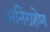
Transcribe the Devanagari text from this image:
अनिग्रहेण